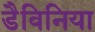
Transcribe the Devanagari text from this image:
डैविनिया